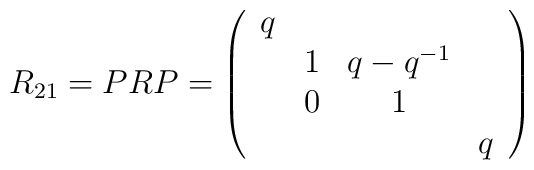
R_{21}=PRP=\left(\begin{array}{cccc}q& & & \\&1&q-q^{-1}& \\&0&1& \\&&&q\end{array}\right)